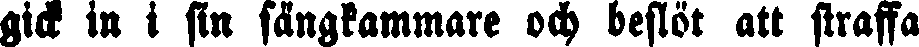
gick in i sin sängkammare och beslöt att straffa